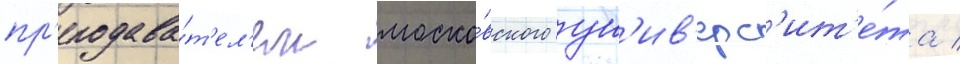
пр'еподава́т'ел'ем моско́вского ун'ив'ерс'ит'е́та /